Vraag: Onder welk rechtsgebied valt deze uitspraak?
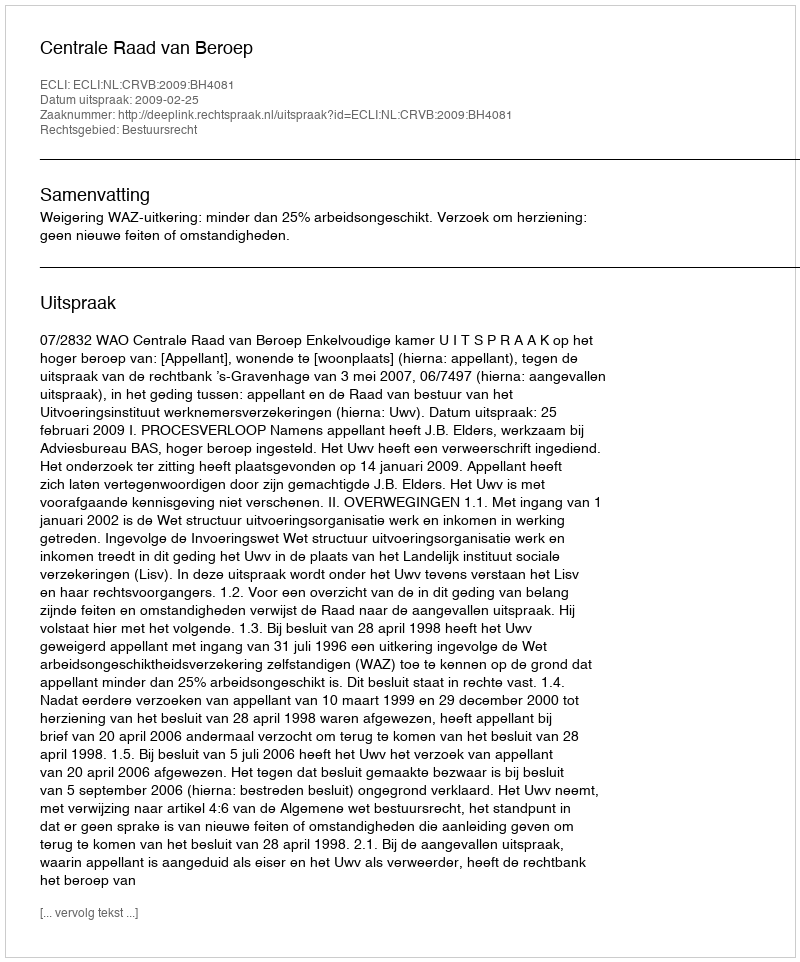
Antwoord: Bestuursrecht